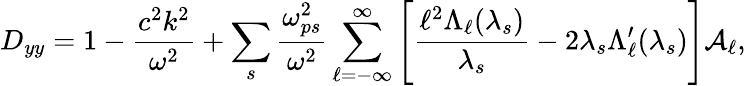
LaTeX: D_{yy}=1-\frac{c^{2}k^{2}}{\omega^{2}}+\sum_{s}\frac{\omega_{ps}^{2}}{\omega^{2}}\sum_{\ell=-\infty}^{\infty}\Bigg[\frac{\ell^{2}\Lambda_{\ell}(\lambda_{s})}{\lambda_{s}}-2\lambda_{s}\Lambda_{\ell}^{\prime}(\lambda_{s})\Bigg]\mathcal{A}_{\ell},